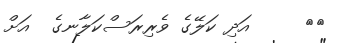
١٩     އަދި ކަލޭގެ ވެރިރަސްކަލާނގެ  އަށް